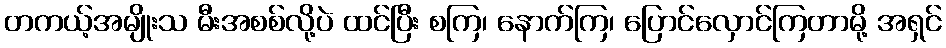
တကယ့်အမျိုးသ မီးအစစ်လို့ပဲ ထင်ပြီး စကြ၊ နောက်ကြ၊ ပြောင်လှောင်ကြတာမို့ အရှင်